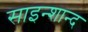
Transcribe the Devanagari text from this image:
साइन्शान्द